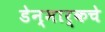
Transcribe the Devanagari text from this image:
डेन्मार्कचे